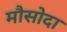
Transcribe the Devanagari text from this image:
मौसोदा